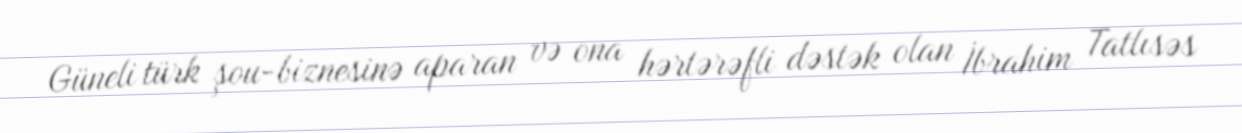
Güneli türk şou-biznesinə aparan və ona hərtərəfli dəstək olan İbrahim Tatlısəs